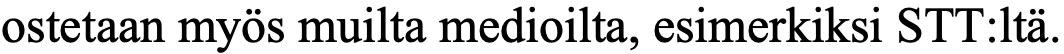
ostetaan myös muilta medioilta, esimerkiksi STT:ltä.